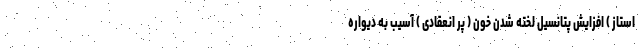
استاز ) افزایش پتانسیل لخته شدن خون ( پر انعقادی ) آسیب به دیواره